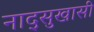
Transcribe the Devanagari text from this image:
नाद्सुखासी